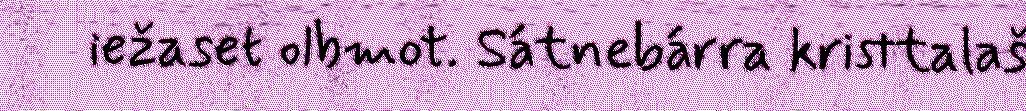
iežaset olbmot. Sátnebárra kristtalaš